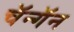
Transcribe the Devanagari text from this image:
चॅन्गॅन